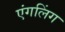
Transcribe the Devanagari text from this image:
एंगलिंग